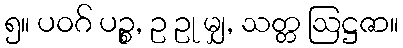
၅။ ပဝဂ် ပဉ္စ, ဥ ဥု မျှ, သတ္တ ဩဋ္ဌဇာ။